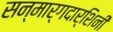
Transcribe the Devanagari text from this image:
सन्मार्गदार्शिनी